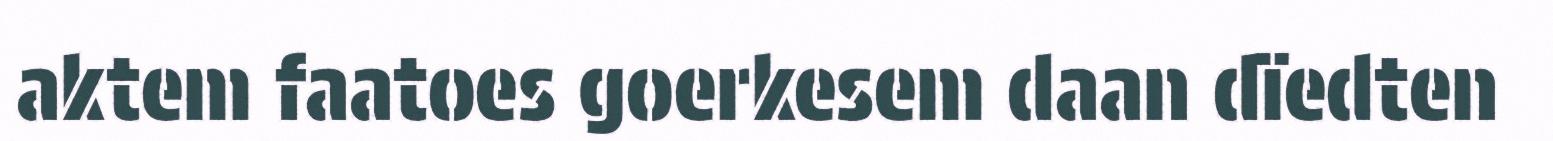
aktem faatoes goerkesem daan dïedten